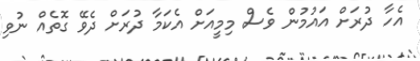
އެހާ ދުރަށް އައުމުން ވެސް މިމީއަށް އެކަމާ ދުރަށް ދެވޭ ގޮތެއް ނުވި